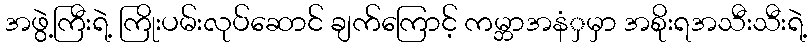
အဖွဲ့ကြီးရဲ့ ကြိုးပမ်းလုပ်ဆောင် ချက်ကြောင့် ကမ္ဘာအနံှမှာ အစိုးရအသီးသီးရဲ့